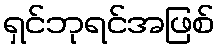
ရှင်ဘုရင်အဖြစ်